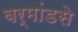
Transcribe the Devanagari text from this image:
बर्मांडसे